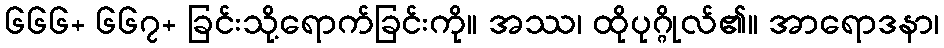
၆၆၆+ ၆၆၇+ ခြင်းသို့ရောက်ခြင်းကို။ အဿ၊ ထိုပုဂ္ဂိုလ်၏။ အာရောဒနာ၊